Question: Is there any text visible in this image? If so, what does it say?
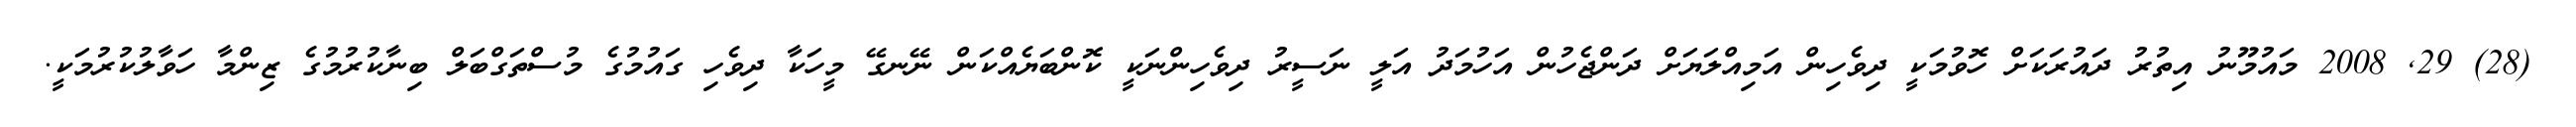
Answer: (28) 29, 2008 މައުމޫނު އިތުރު ދައުރަކަށް ހޮވުމަކީ ދިވެހިން އަމިއްލަޔަށް ދަންޖެހުން އަހުމަދު އަލީ ނަސީރު ދިވެހިންނަކީ ކޮންބަޔެއްކަން ނޭނގޭ މީހަކާ ދިވެހި ގައުމުގެ މުސްތަގްބަލް ބިނާކުރުމުގެ ޒިންމާ ހަވާލުކުރުމަކީ.